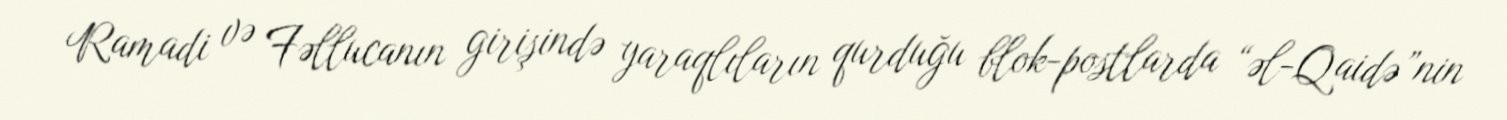
Ramadi və Fəllucanın girişində yaraqlıların qurduğu blok-postlarda “əl-Qaidə”nin